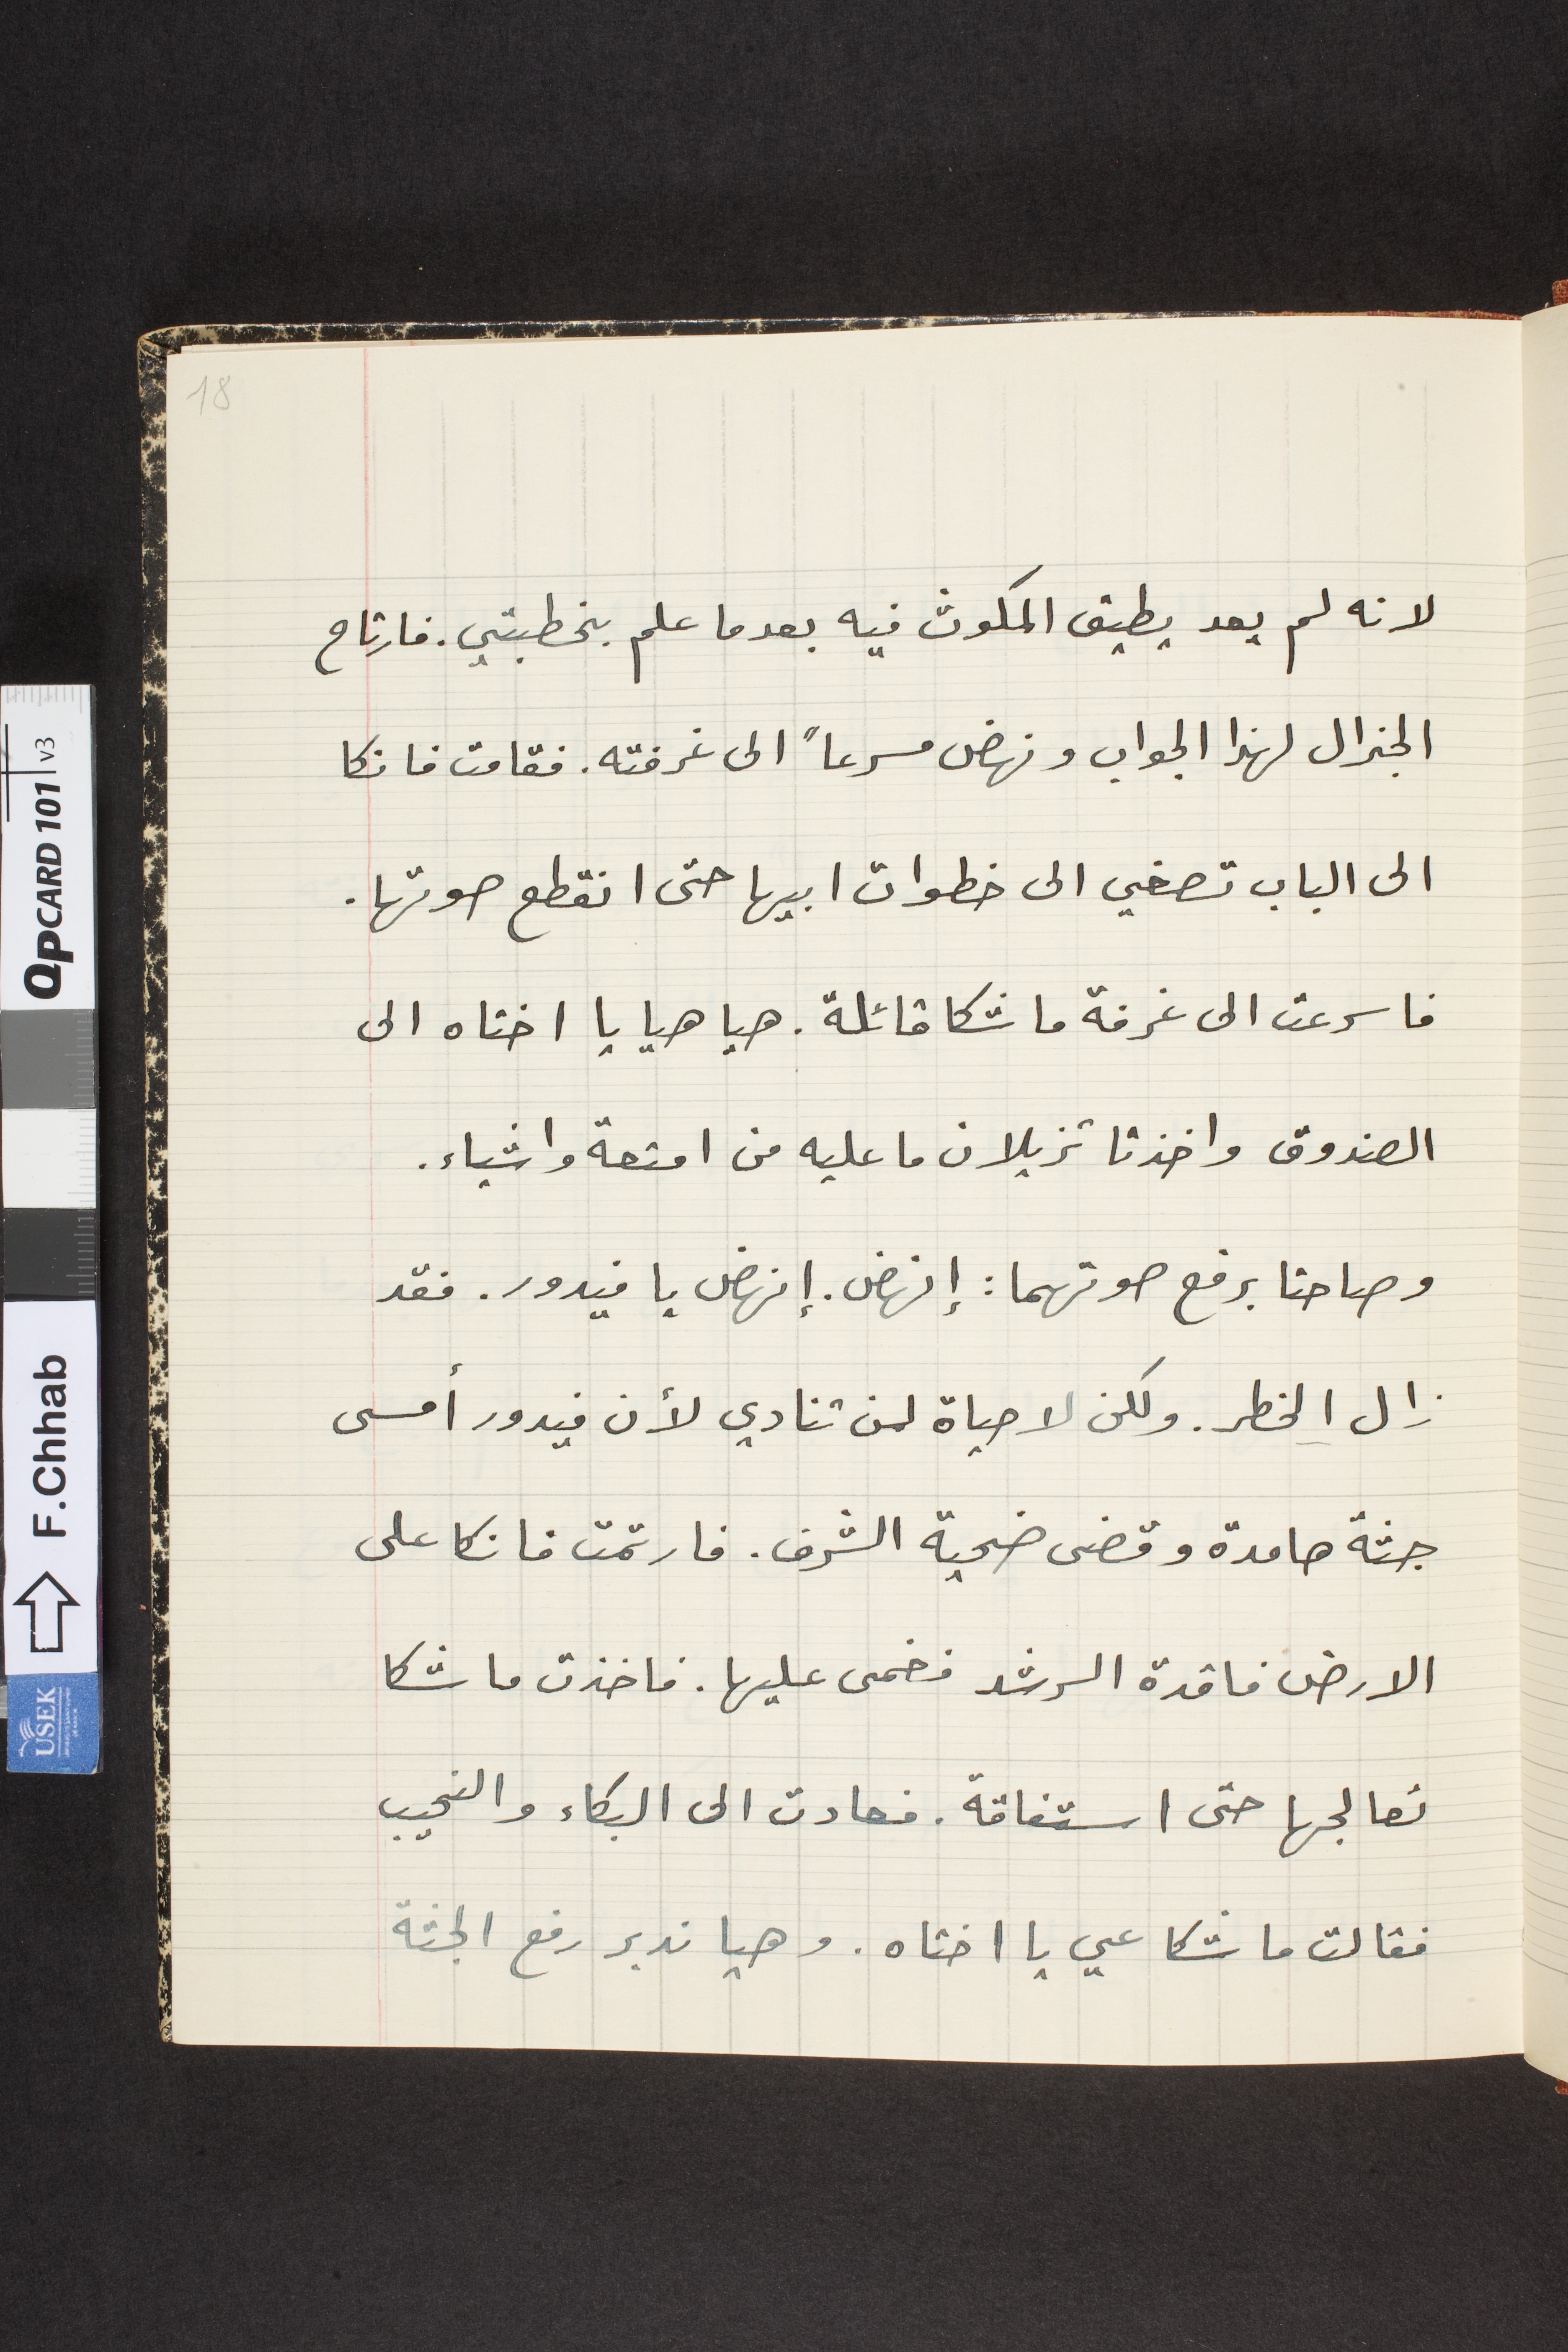
لانه لم يعد يطيق المكوث فيه بعدما علم بخطبتي. فارتاح
الجنرال لهذا الجواب ونهضى مسرعاً الى غرفته. فقامت فانكا
الى الباب تصغي الى خطوات ابيها حتى انقطع صوتها.
فاسرعت الى غرفة ماشكا قائلة. هيا هيا يا اختاه الى
الصندوق واخذتا تزيلان ما عليه من امتعة واشياء.
وصاحتا برفع صوتهما: إنهض. إنهض يا فيدور. فقد
زال الخطر. ولكن لا حياة لمن تنادي لأن فيدور أمسى
جثة هامدة وقضى ضحية الشرف. فارتمت فانكا على
الارض فاقدة الرشد فغمى عليها. فاخذت ماشكا
تعالجها حتى استفاقة. فعادت الى البكاء والنحيب
فقالت ماشكا عي يا اختاه. وهيا ندبر رفع الجثة